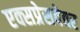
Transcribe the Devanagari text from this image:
एक्सप्रेसवेवर